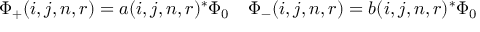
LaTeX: \Phi _ { + } ( i , j , n , r ) = a ( i , j , n , r ) ^ { * } \Phi _ { 0 } \quad \Phi _ { - } ( i , j , n , r ) = b ( i , j , n , r ) ^ { * } \Phi _ { 0 }